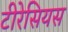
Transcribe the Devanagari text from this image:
टीरेसियस